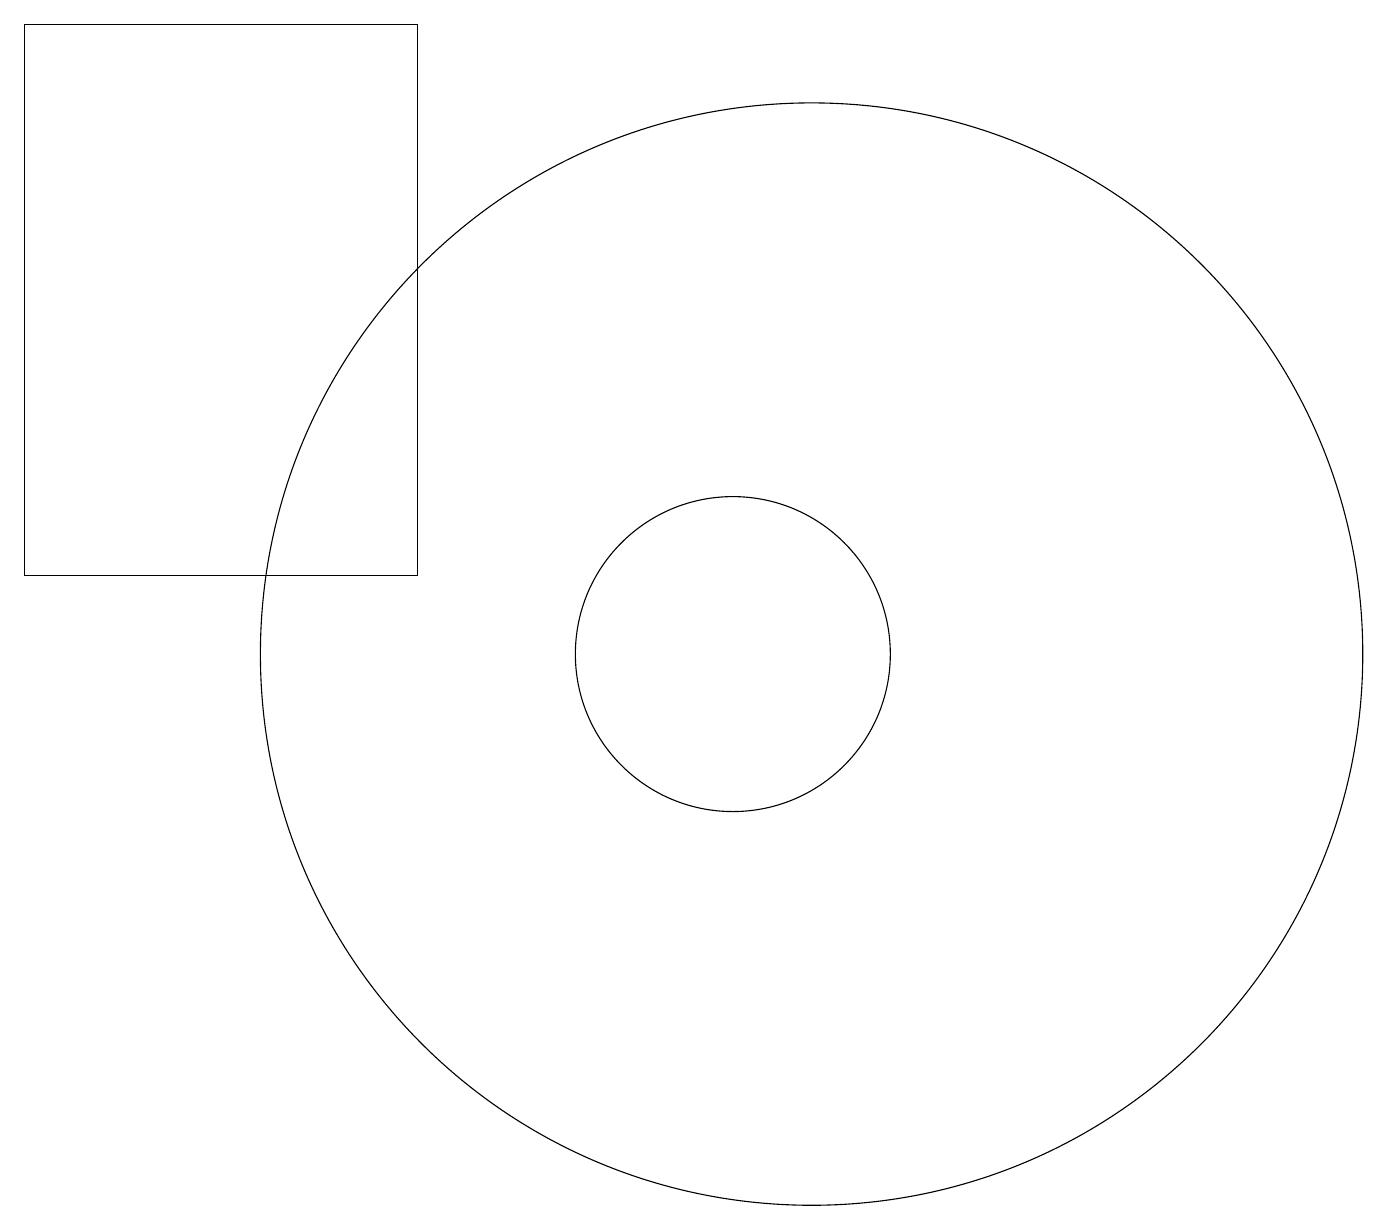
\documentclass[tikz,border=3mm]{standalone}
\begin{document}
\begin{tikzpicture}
\draw (10,11) circle (2);
\draw (11,11) circle (7);
\draw (1,12) rectangle (6,19);
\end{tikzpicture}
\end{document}